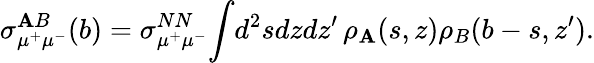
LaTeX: \sigma_{\mu^{+}\mu^{-}}^{\mathbf{A}B}(b)=\sigma_{\mu^{+}\mu^{-}}^{NN}\! \int\! d^{2}sdzdz^{\prime}\, \rho_{\mathbf{A}}(s,z)\rho_{B}(b-s,z^{\prime}).